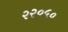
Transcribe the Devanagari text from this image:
२२०५०